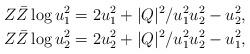
LaTeX: \begin{align*}Z\bar Z\log u_1^2 & = 2u_1^2 + |Q|^2/u_1^2u_2^2 - u_2^2,\\Z\bar Z\log u_2^2 & = 2u_2^2 + |Q|^2/u_1^2u_2^2 - u_1^2,\end{align*}